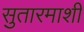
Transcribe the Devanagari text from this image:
सुतारमाशी